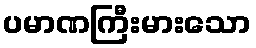
ပမာဏကြီးမားသော